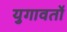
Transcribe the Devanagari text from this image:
युगावर्तो